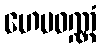
ဟေမဝဏ္ဏံ